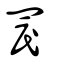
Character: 罠